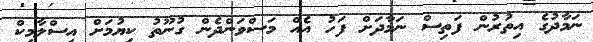
ނަމާދުގެ އިތުރުން ފަތިސް ނަމާދަށް ފަހު އެއް މަސްވަންދެން ގުނޫތު ކިޔުމަށް އިސްލާމިކް